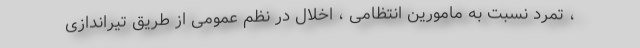
، تمرد نسبت به مامورین انتظامی ، اخلال در نظم عمومی از طریق تیراندازی